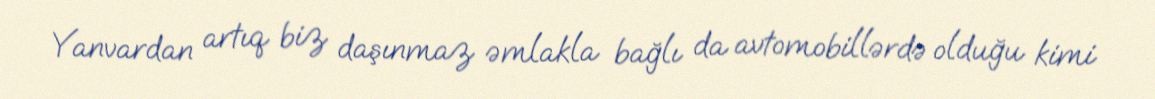
Yanvardan artıq biz daşınmaz əmlakla bağlı da avtomobillərdə olduğu kimi